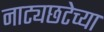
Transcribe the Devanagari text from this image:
नाट्यछटेच्या